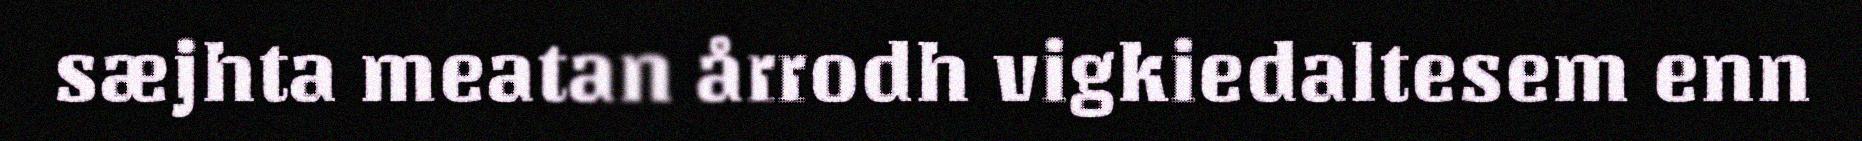
sæjhta meatan årrodh vigkiedaltesem enn